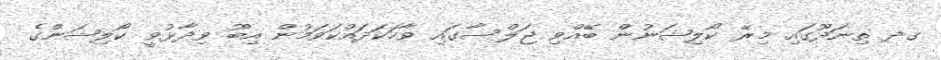
ގދ ތިނަދޫގައި މިރޭ ކޯލިޝަނުން ބޭއްވި ޖަލްސާގައި ވާހަކަދައްކަވަމުން އިބޫ ވިދާޅުވީ ކޯލިޝަންގެ